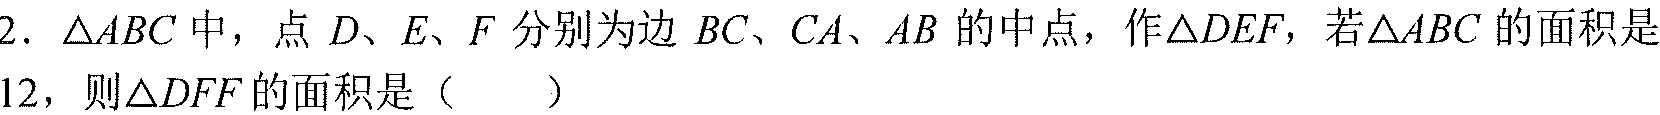
2. $\triangle ABC$中，点$D、E、F$分别为边$BC、CA、AB$的中点，作$\triangle DEF$，若$\triangle ABC$的面积是$12$，则$\triangle DFF$的面积是（  ）  （注：题目中可能是$\triangle DEF$，这里按原图识别）